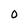
Character: 0